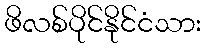
ဖိလစ်ပိုင်နိုင်ငံသား